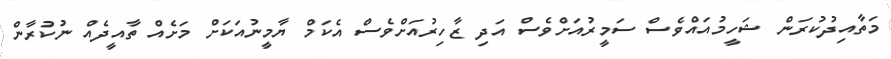
މަތާއިދުކުރަން ޝަހީމުއައްވެސް ސަމީރުއަށްވެސް އަދި ޒާހިރުއަށްވެސް އެކަމް ޔާމީނުއަކަށް މަށެއް ތާއީދެއް ނުކުރާން